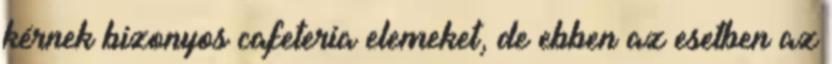
kérnek bizonyos cafeteria elemeket, de ebben az esetben az